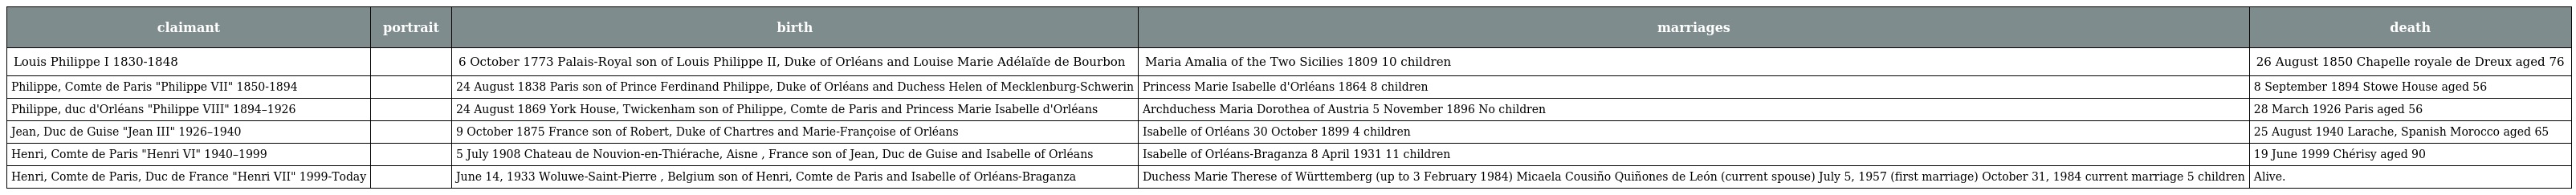
| claimant | portrait | birth | marriages | death |
 | --- | --- | --- | --- | --- |
 | Louis Philippe I 1830-1848 |  | 6 October 1773 Palais-Royal son of Louis Philippe II, Duke of Orléans and Louise Marie Adélaïde de Bourbon | Maria Amalia of the Two Sicilies 1809 10 children | 26 August 1850 Chapelle royale de Dreux aged 76 |
 | Philippe, Comte de Paris "Philippe VII" 1850-1894 |  | 24 August 1838 Paris son of Prince Ferdinand Philippe, Duke of Orléans and Duchess Helen of Mecklenburg-Schwerin | Princess Marie Isabelle d'Orléans 1864 8 children | 8 September 1894 Stowe House aged 56 |
 | Philippe, duc d'Orléans "Philippe VIII" 1894–1926 |  | 24 August 1869 York House, Twickenham son of Philippe, Comte de Paris and Princess Marie Isabelle d'Orléans | Archduchess Maria Dorothea of Austria 5 November 1896 No children | 28 March 1926 Paris aged 56 |
 | Jean, Duc de Guise "Jean III" 1926–1940 |  | 9 October 1875 France son of Robert, Duke of Chartres and Marie-Françoise of Orléans | Isabelle of Orléans 30 October 1899 4 children | 25 August 1940 Larache, Spanish Morocco aged 65 |
 | Henri, Comte de Paris "Henri VI" 1940–1999 |  | 5 July 1908 Chateau de Nouvion-en-Thiérache, Aisne , France son of Jean, Duc de Guise and Isabelle of Orléans | Isabelle of Orléans-Braganza 8 April 1931 11 children | 19 June 1999 Chérisy aged 90 |
 | Henri, Comte de Paris, Duc de France "Henri VII" 1999-Today |  | June 14, 1933 Woluwe-Saint-Pierre , Belgium son of Henri, Comte de Paris and Isabelle of Orléans-Braganza | Duchess Marie Therese of Württemberg (up to 3 February 1984) Micaela Cousiño Quiñones de León (current spouse) July 5, 1957 (first marriage) October 31, 1984 current marriage 5 children | Alive. |